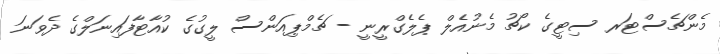
މެންޗެސްޓަރ ސިޓީގެ ކޯޗު މެނުއެލް ޕެލެގްރީނީ - ޗެމްޕިއަންސް ލީގުގެ ކުއާޓާފައިނަލްގެ ދެވަނަ